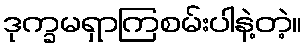
ဒုက္ခမရှာကြစမ်းပါနဲ့တဲ့။